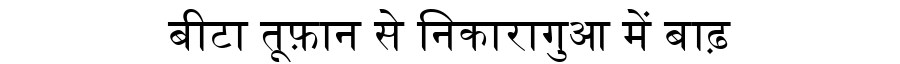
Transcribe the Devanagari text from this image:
बीटा तूफ़ान से निकारागुआ में बाढ़